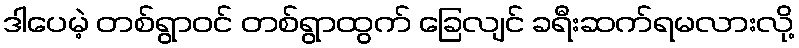
ဒါပေမဲ့ တစ်ရွာဝင် တစ်ရွာထွက် ခြေလျင် ခရီးဆက်ရမလားလို့